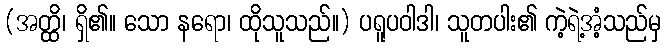
(အတ္ထိ၊ ရှိ၏။ သော နရော၊ ထိုသူသည်။) ပရူပဝါဒါ၊ သူတပါး၏ ကဲ့ရဲ့အံ့သည်မှ